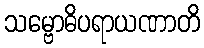
သမ္ဗောဓိပရာယဏာတိ